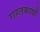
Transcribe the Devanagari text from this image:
राहतकार्यों